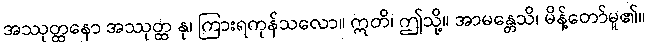
အဿုတ္ထနော အဿုတ္ထ နု၊ ကြားရကုန်သလော။ ဣတိ၊ ဤသို့။ အာမန္တေသိ၊ မိန့်တော်မူ၏။